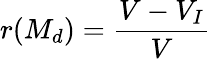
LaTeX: r(M_{d})=\frac{V-V_{I}}{V}